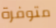
متوفرة